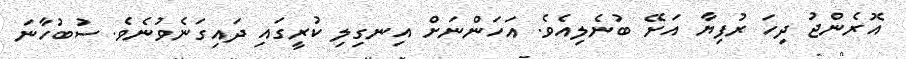
އޮރެންޖު ދިހަ ރުފިޔާ އަށޭ ބުނެލިއެވެ. އަހަންނަށް އިނގިލި ކުރީގައި ދައިގަނެވުނެވެ. ސުބުހާނަ